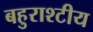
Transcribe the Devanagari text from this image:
बहुराश्टीय